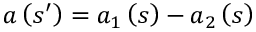
a \left( s ^ { \prime } \right) = a _ { 1 } \left( s \right) - a _ { 2 } \left( s \right)